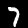
Digit: 7